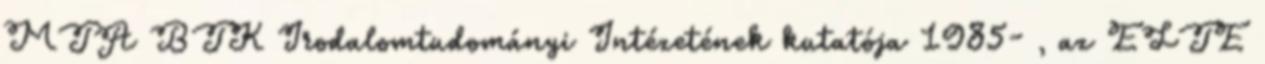
MTA BTK Irodalomtudományi Intézetének kutatója 1985- , az ELTE